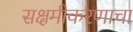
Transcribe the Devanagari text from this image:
सक्षमीकरणाचा